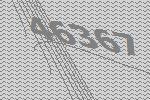
46367